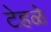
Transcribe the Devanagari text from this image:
टेहळे